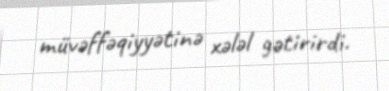
müvəffəqiyyətinə xələl gətirirdi.